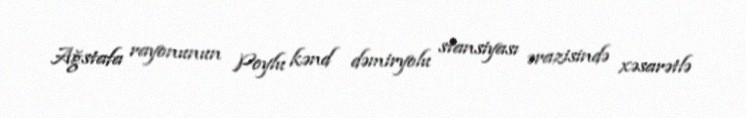
Ağstafa rayonunun Poylu kənd dəmiryolu stansiyası ərazisində xəsarətlə